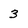
Character: 3